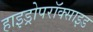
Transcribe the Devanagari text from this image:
हाइड्रोपरॉक्साइड